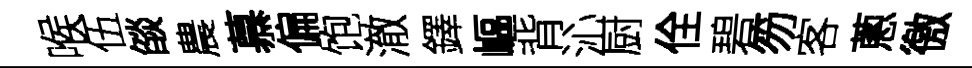
喉伍燄農慕偏饱澈鐸嶇背沁厨佺碧笏客蔥徼